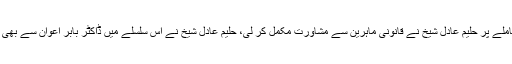
تفصیلات کے مطابق گھوٹکی میں سندھ حکومت کی انتخابی قوانین کی خلاف ورزی کے معاملے پر حلیم عادل شیخ نے قانونی ماہرین سے مشاورت مکمل کر لی، حلیم عادل شیخ نے اس سلسلے میں ڈاکٹر بابر اعوان سے بھی ملاقات کی جس میں سندھ حکومت کے خلاف کارروائی کی درخواست پر مشاورت کی گئی۔